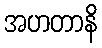
အဟတာနိ